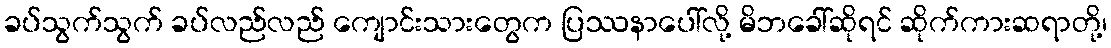
ခပ်သွက်သွက် ခပ်လည်လည် ကျောင်းသားတွေက ပြဿနာပေါ်လို့ မိဘခေါ်ဆိုရင် ဆိုက်ကားဆရာတို့၊